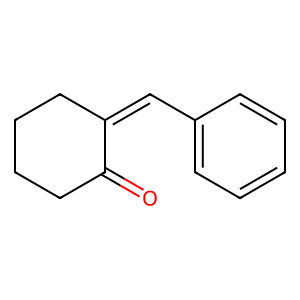
SMILES: O=C1CCCCC1=Cc1ccccc1
Inhibits HIV replication: No